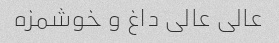
عالی عالی داغ و خوشمزه